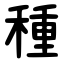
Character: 種